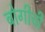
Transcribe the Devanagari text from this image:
बोगीची